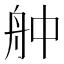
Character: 舯